Problem: 10 × 11 = ?
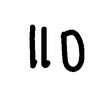
Handwritten answer: 110